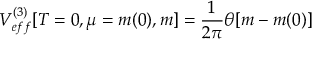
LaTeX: V _ { e f f } ^ { ( 3 ) } [ T = 0 , \mu = m ( 0 ) , m ] = \frac { 1 } { 2 \pi } \theta [ m - m ( 0 ) ]